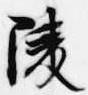
陵